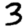
Digit: 3